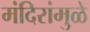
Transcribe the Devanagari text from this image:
मंदिरांमुळे